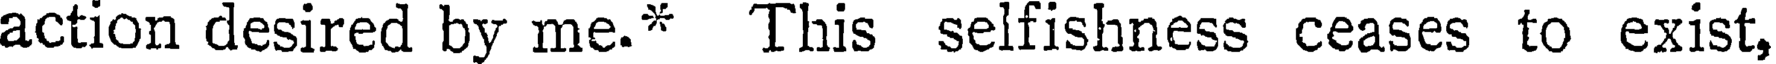
action desired by me.* This selfishness ceases to exist,